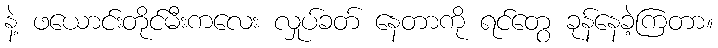
နဲ့ ဖယောင်းတိုင်မီးကလေး လှုပ်ခတ် နေတာကို ရင်တွေ ခုန်နေခဲ့ကြတာ။